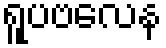
ရူပဗလေန